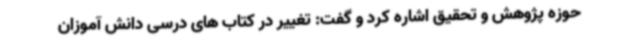
حوزه پژوهش و تحقیق اشاره کرد و گفت: تغییر در کتاب های درسی دانش آموزان